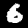
Label: 6